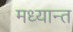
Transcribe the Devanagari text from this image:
मध्यान्त